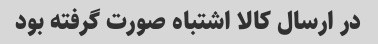
در ارسال کالا اشتباه صورت گرفته بود